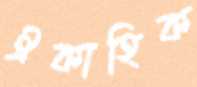
ঐকাহিক